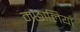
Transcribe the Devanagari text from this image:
मछालियाँ